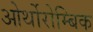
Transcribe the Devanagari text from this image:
ओर्थोरोम्बिक